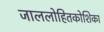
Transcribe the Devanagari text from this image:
जाललोहितकोशिका